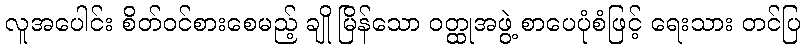
လူအပေါင်း စိတ်ဝင်စားစေမည့် ချို မြိန်သော ဝတ္ထုအဖွဲ့ စာပေပုံစံဖြင့် ရေးသား တင်ပြ